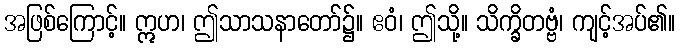
အဖြစ်ကြောင့်။ ဣဟ၊ ဤသာသနာတော်၌။ ဧဝံ၊ ဤသို့။ သိက္ခိတဗ္ဗံ၊ ကျင့်အပ်၏။